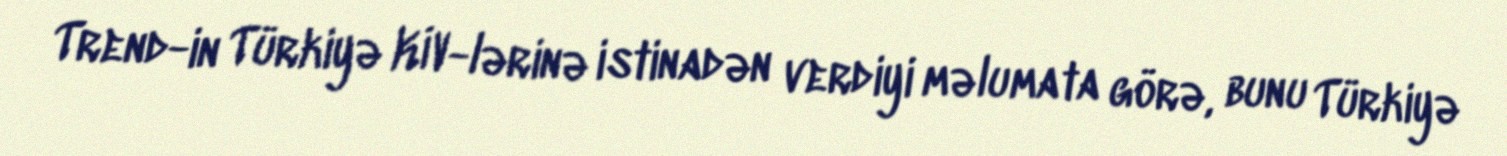
Trend-in Türkiyə KİV-lərinə istinadən verdiyi məlumata görə, bunu Türkiyə